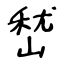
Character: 嵆